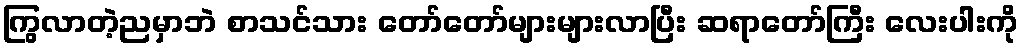
ကြွလာတဲ့ညမှာဘဲ စာသင်သား တော်တော်များများလာပြီး ဆရာတော်ကြီး လေးပါးကို